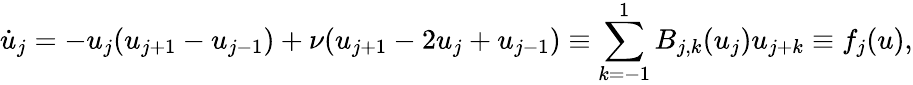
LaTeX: \dot{u}_{j}=-u_{j}(u_{j+1}-u_{j-1})+\nu(u_{j+1}-2u_{j}+u_{j-1})\equiv\sum_{k=-1}^{1}B_{j,k}(u_{j})u_{j+k}\equiv f_{j}(u),